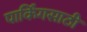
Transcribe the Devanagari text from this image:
पार्किंगसाठी